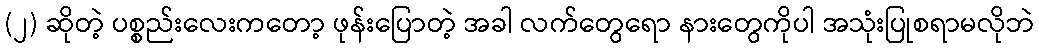
(၂) ဆိုတဲ့ ပစ္စည်းလေးကတော့ ဖုန်းပြောတဲ့ အခါ လက်တွေရော နားတွေကိုပါ အသုံးပြုစရာမလိုဘဲ